65_HS1-834228961_62-HQ-83894_Serial_164
Agency: FBI
Page 12
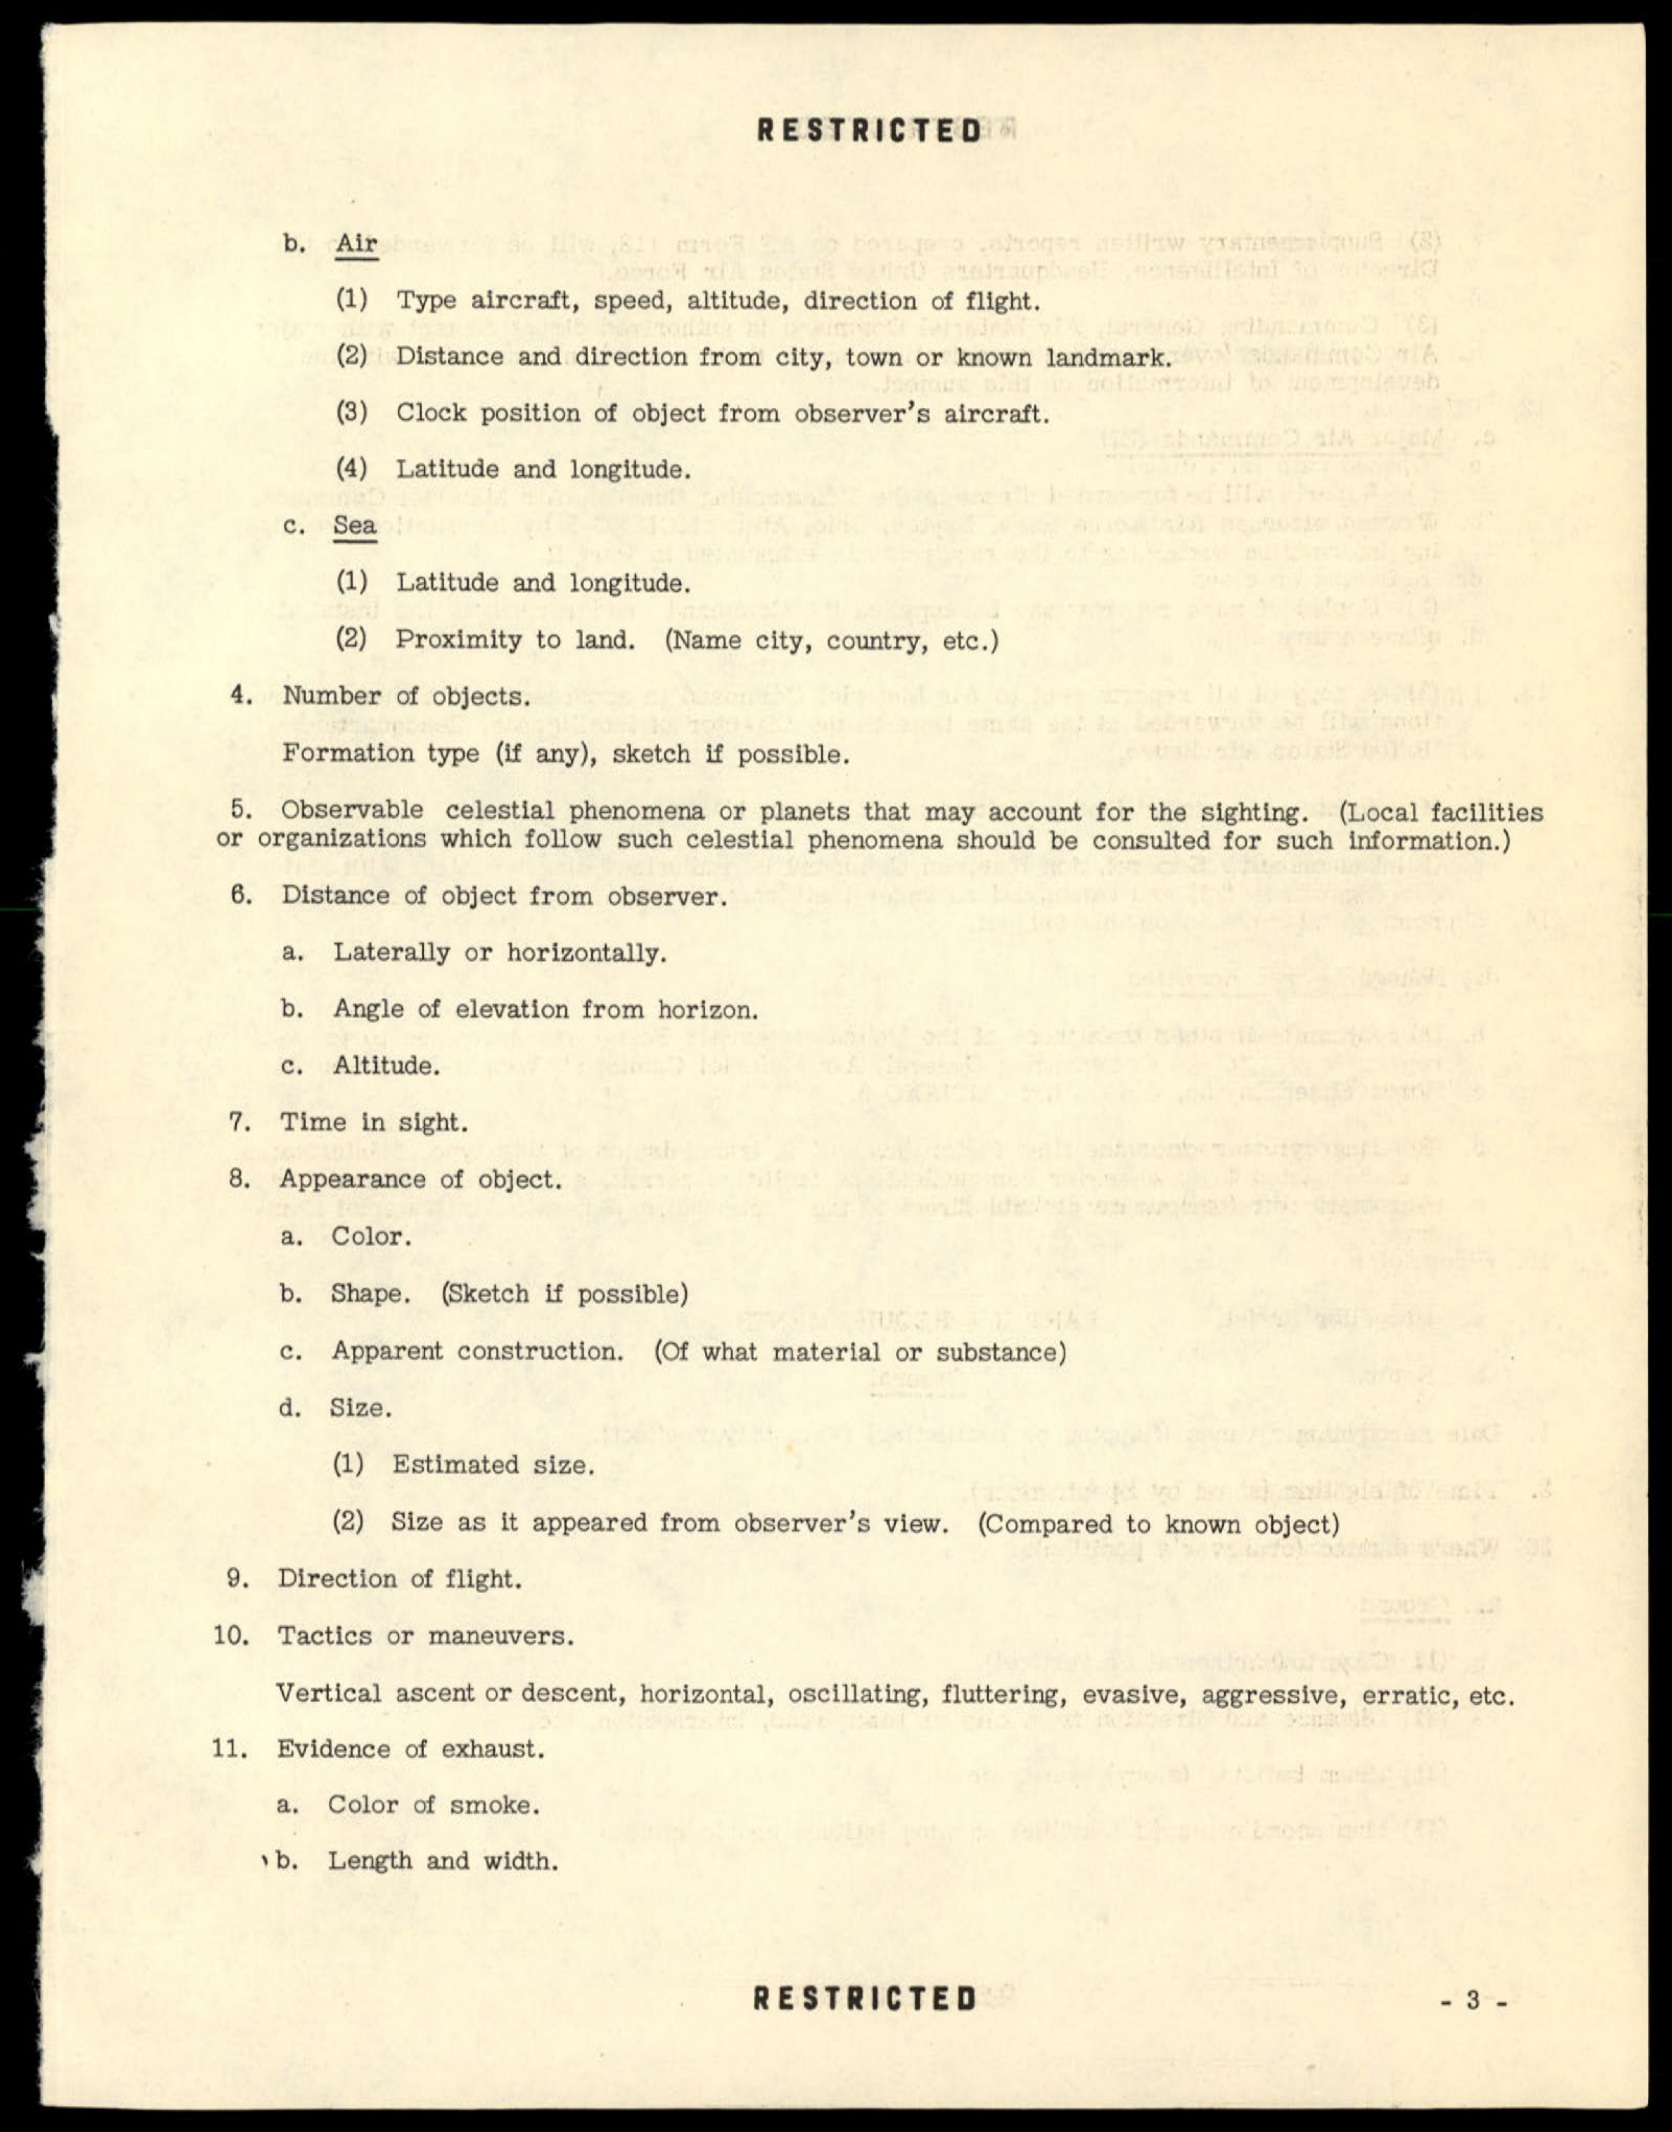